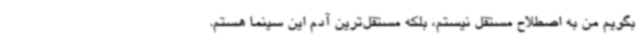
بگویم من به اصطلاح مستقل نیستم، بلکه مستقل‌ترین آدم این سینما هستم.